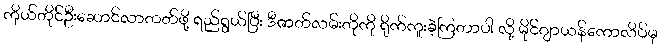
ကိုယ်တိုင်ဦးဆောင်လာတတ်ဖို့ ရည်ရွယ်ပြီး ဒီဇာတ်လမ်းတိုကို ရိုက်ကူးခဲ့ကြတာပါ လို့ မိုင်ဂျာယန်ကောလိပ်မှ